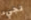
تجيء